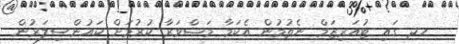
ހދ ގައި ޓުއަރިޒަމް ނެތުމުން އެކަމާ މަޝްވަރާ ކުރުމަށް ކައުންސިލަރުން